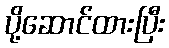
ပို့ဆောင်ထားပြီး